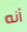
أنه